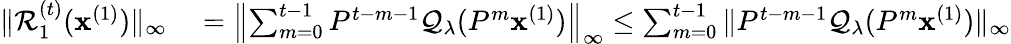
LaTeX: \begin{array}{rl}{\| \mathcal{R}_{1}^{(t)}(\mathbf{x}^{(1)})\| _{\infty}}&{{}=\left\| \sum_{m=0}^{t-1}P^{t-m-1}\mathcal{Q}_{\lambda}(P^{m}\mathbf{x}^{(1)})\right\| _{\infty}\leq\sum_{m=0}^{t-1}\| P^{t-m-1}\mathcal{Q}_{\lambda}(P^{m}\mathbf{x}^{(1)})\| _{\infty}}\end{array}